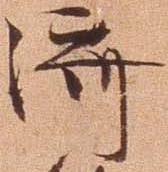
済